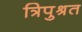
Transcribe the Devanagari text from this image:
त्रिपुश्रत